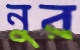
নুর